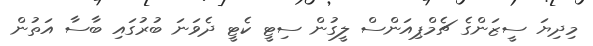
މިދިޔަ ސީޒަންގެ ޗެމްޕިއަންސް ލީގުން ސިޓީ ކެޓީ ދެވަނަ ބުރުގައި ބާސާ އަތުން